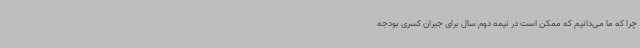
چرا که ما می‌دانیم که ممکن است در نیمه دوم سال برای جبران کسری بودجه